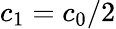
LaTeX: c_{1}=c_{0}/2